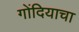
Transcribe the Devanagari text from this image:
गोंदियाचा